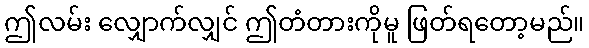
ဤလမ်း လျှောက်လျှင် ဤတံတားကိုမူ ဖြတ်ရတော့မည်။